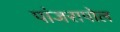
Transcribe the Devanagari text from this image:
पांजरापोल